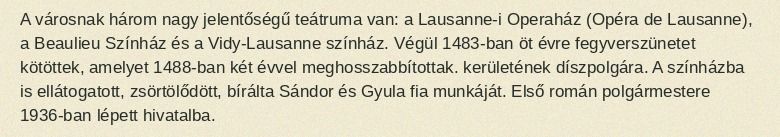
A városnak három nagy jelentőségű teátruma van: a Lausanne-i Operaház (Opéra de Lausanne), a Beaulieu Színház és a Vidy-Lausanne színház. Végül 1483-ban öt évre fegyverszünetet kötöttek, amelyet 1488-ban két évvel meghosszabbítottak. kerületének díszpolgára. A színházba is ellátogatott, zsörtölődött, bírálta Sándor és Gyula fia munkáját. Első román polgármestere 1936-ban lépett hivatalba.